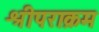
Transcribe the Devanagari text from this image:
श्रीपराक्रम